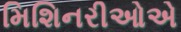
મિશિનરીઓએ